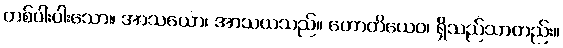
တစ်ပါးပါးသော။ အာသယော၊ အာသယသည်။ ဟောတိယေဝ၊ ရှိသည်သာတည်း။